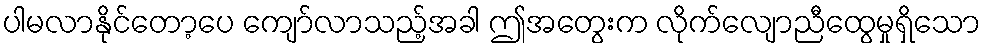
ပါမလာနိုင်တော့ပေ ကျော်လာသည့်အခါ ဤအတွေးက လိုက်လျောညီထွေမှုရှိသော